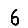
Digit: 6